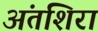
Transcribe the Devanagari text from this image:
अंतशिरा